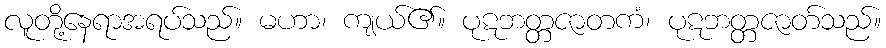
လူတို့နေရာအရပ်သည်။ မဟာ၊ ကျယ်၏။ ပုဋဘတ္တဇာတကံ၊ ပုဋဘတ္တဇာတ်သည်။